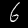
Digit: 6